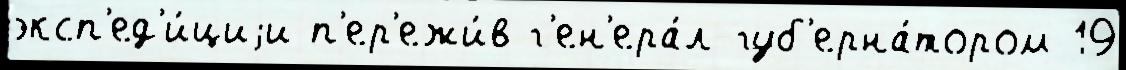
эксп'ед'и́циjи п'ер'ежи́в г'ен'ера́л-губ'ерна́тором 19